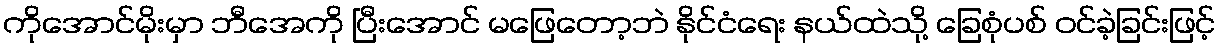
ကိုအောင်မိုးမှာ ဘီအေကို ပြီးအောင် မဖြေတော့ဘဲ နိုင်ငံရေး နယ်ထဲသို့ ခြေစုံပစ် ဝင်ခဲ့ခြင်းဖြင့်